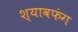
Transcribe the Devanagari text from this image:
श्यावफंग